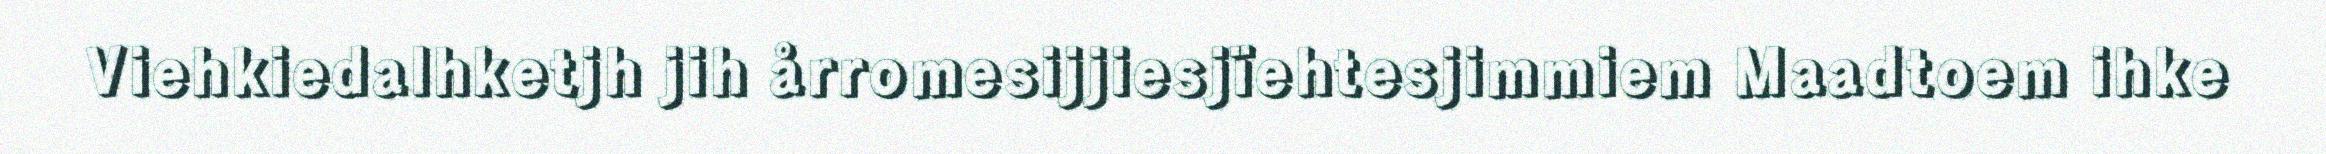
Viehkiedalhketjh jih årromesijjiesjïehtesjimmiem Maadtoem ihke